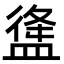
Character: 𥂃